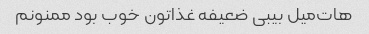
هات‌میل بیبی ضعیفه غذاتون خوب بود ممنونم